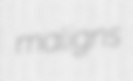
maligns